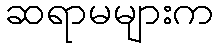
ဆရာမများက